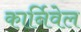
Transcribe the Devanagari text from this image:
कार्निवेल